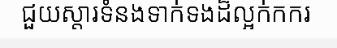
ជួយស្តារទំនងទាក់ទងដ៏ល្អក់កករ